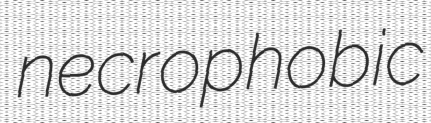
necrophobic